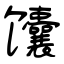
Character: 馕